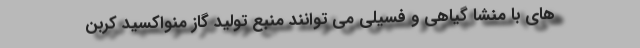
های با منشا گیاهی و فسیلی می توانند منبع تولید گاز منواکسید کربن